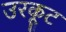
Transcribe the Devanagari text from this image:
उरकूट